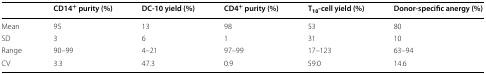
|  | CD14+ purity (%) | DC-10 yield (%) | CD4+ purity (%) | T10-cell yield (%) | Donor-specific anergy (%) |
 | --- | --- | --- | --- | --- | --- |
 | Mean | 95 | 13 | 98 | 53 | 80 |
 | SD | 3 | 6 | 1 | 31 | 10 |
 | Range | 90–99 | 4–21 | 97–99 | 17–123 | 63–94 |
 | CV | 3.3 | 47.3 | 0.9 | 59.0 | 14.6 |